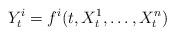
LaTeX: \begin{align*}Y_t^i = f^i(t,X_t^1, \dotsc, X_t^n)\end{align*}